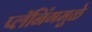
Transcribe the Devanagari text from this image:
प्लॅनिंगमुळे